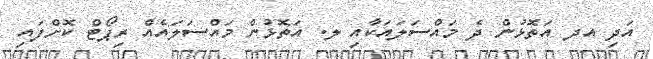
އަދި އދ އަތޮޅުން ދެ މައްސަލައަކާއި ލ. އަތޮޅުން މައްސަލައެއް ރިޕޯޓް ކޮށްފައި